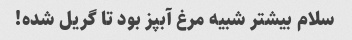
سلام بیشتر شبیه مرغ آبپز بود تا گریل شده!